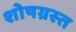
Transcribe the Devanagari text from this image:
शोषग्रस्‍त